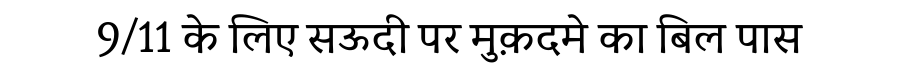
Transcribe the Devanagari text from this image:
9/11 के लिए सऊदी पर मुक़दमे का बिल पास